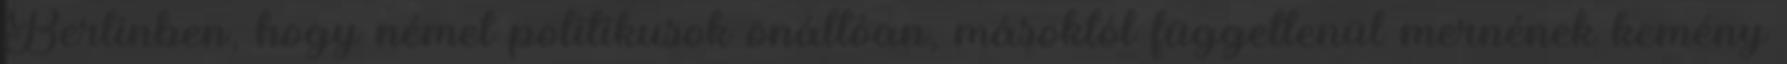
Berlinben, hogy német politikusok önállóan, másoktól függetlenül mernének kemény